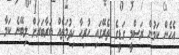
އެހެން ކަމުން ރަސްމީ ގަޑީގެ ތެރޭގައި ހުރިހާ ޚިދުމަތެއް ބަރާބަރަށް ލިބޭނެ ކަމާ